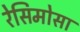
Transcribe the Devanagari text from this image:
रेसिमोसा